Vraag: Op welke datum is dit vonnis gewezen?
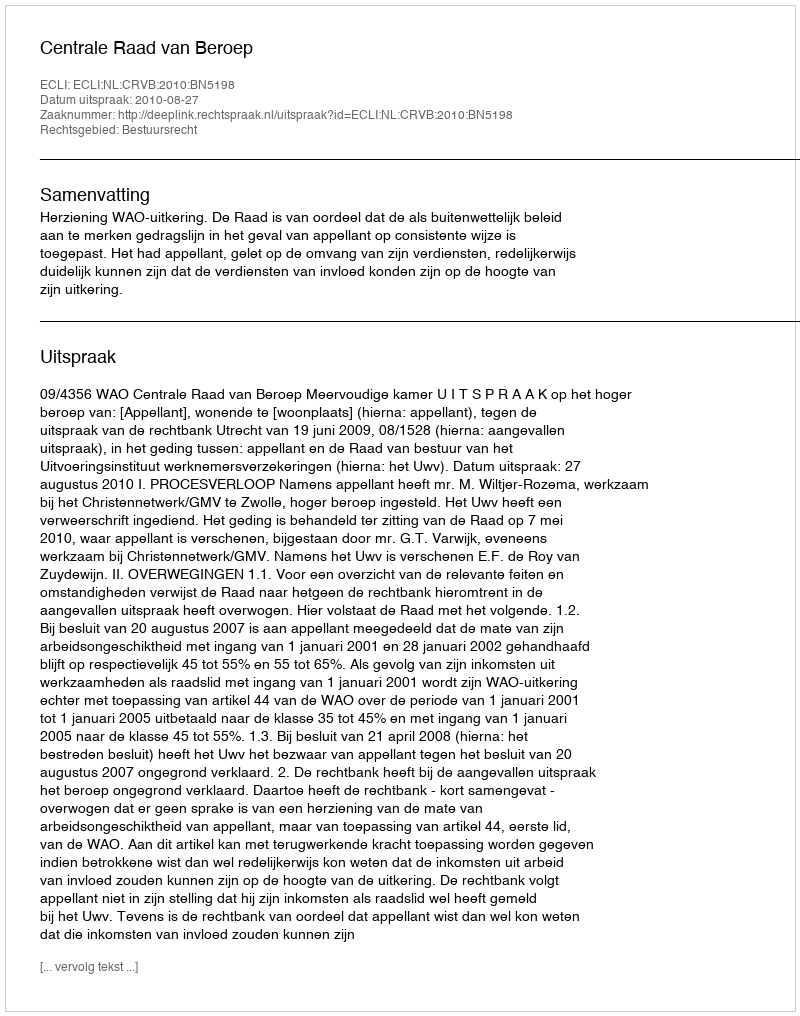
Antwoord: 2010-08-27